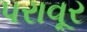
પરાવૂર